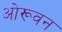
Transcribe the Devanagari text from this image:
ओरूवन